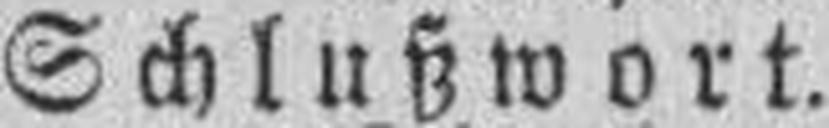
Schlußwort.